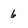
Character: 6